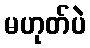
မဟုတ်ပဲ